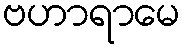
ဗဟာရာမေ